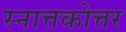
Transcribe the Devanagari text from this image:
स्नात्तकोत्तर